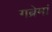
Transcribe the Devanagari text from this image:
गब्रेमां